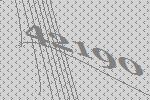
42190